Annual statistical returns and brief notes on vaccination in Bengal - 1887-1898
Year: 1887
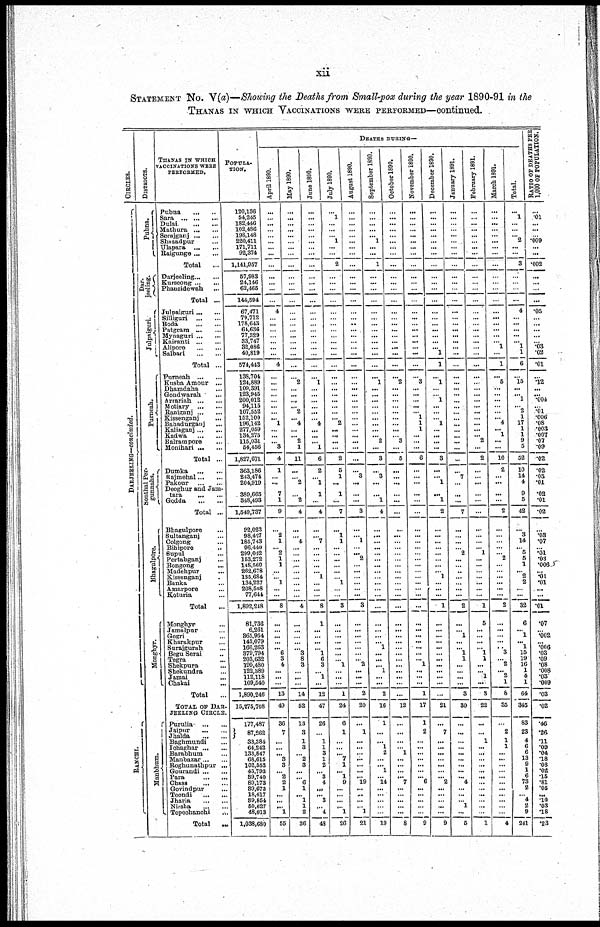
xii
STATEMENT No. V(a)—Showing the Deaths from Small-pox during the year 1890-91 in the
THANAS IN WHICH VACCINATIONS WERE PERFORMED—continued.
CIRCLES.
DARJEELING—c o
n
c
lu
d
e
d
.
RANCHI.
DISTRICTS.
Pubna.
Dar¬
jeeling.
Julpaiguri.
Purneah.
Sonthal Per¬
gunnahs.
Bhagulpore.
Monghyr .
Manbhum.
THANAS IN WHICH
VACCINATIONS WERE
PERFORMED.
Pubna...
..
Sara ... ... ...
Dulai...
...
Mathura... ... ...
Serajganj...
...
Shazadpur... ...
Ulapara...
...
Raigunge...
...
Total...
Darjeeling...
...
Kurseong...
...
Phansidewah...
Total ...
Julpaiguri...
Silliguri...
Boda... Patgram...
Mynaguri...
...
Kairanti...
...
Alipore... ...
Salbari...
...
Total...
Purneah...
...
Kusba Amour...
Dhamdaha... ...
Gondwarah... ...
Arrariah...
...
Motiary...
...
Raniganj...
...
Kissenganj... ...
Bahadurganj... ...
Kaliaganj... ...
Kadwa...
...
Balrampore... ...
Monihari...
...
Total... ...
Dumka...
...
Rajmehal...
...
Pakour...
...
Deoghur and Jam¬
tara...
...
Godda...
...
Total... ...
Bhagulpore... ...
Sultanganj... ...
Colgong... ...
Bihipore... ...
Supul... ...
Pertabganj... ...
Bongong... ...
Madehpur... ...
Kissenganj... ...
Banka... ...
Amarpore... ...
Koturia... ...
Total...
Monghyr... ...
Jamalpur... ...
Gogri... ...
Kharakpur... ...
Surajgurah... ...
Begu Serai... ...
Tegra... ...
Shekpura
Shekundra... ...
Jamai... ...
Chakai... ...
Total...
TOTAL OF DAR¬
JEELING CIRCLE.
Purulia...
...
Jaipur...
...
Jhalda...
...
Baghmundi... ...
Ichaghar...
...
Barabhum... ...
Manbazar...
...
Roghunathpur... ...
Gourandi...
...
Para...
...
Chass
...
...
Govindpur... ...
Toondi...
...
Jharia
...
...
Nirsha
...
...
Topechanchi ...
Total ...
POPULA-
-----
120,136
54,245
182,446
102,486
198,148
220,411
171,711
92,374
1,141,957
57, 983
24,146 62,465
144,594
67,471
79,712
178,643
64,636
77,329
33,747
32,086
40,819
574,443
138,704
124,889 109,391 123,945 200,012
94,115
107,552
152,100
196,142
277,059
134,275
115,031
54,456
1,827,671
363,186
243,474
204,919
389,665
348,493
1,549,737
92,023
98,427
185,743
96,440
299,042
153,272
148,560
262,678
135,684
134,227
208,508
77,644
1,892,248
81,736
6,261
865,954
143,079
166,263 379,794
203,632
199,480
122,889
112,118
109,540
1,890,246
15,275,708
177,487
87,262
33,884
64,242
133,847
68,615
102,553
45,793
89,740
89,173 89,673 18,417 39,584 50,627
48,013
1,038,680
DEATHS DURING—
April 1890.
...
...
...
...
...
...
...
...
...
...
...
...
...
4
...
...
...
...
...
...
...
4
...
...
...
...
...
...
...
... 1
...
...
... 3
4
1
...
...
7
1
9
...
2
1
... 2
1
1
...
... 1
...
...
8
...
...
...
...
... 6
3
4
... ...
...
13
49
36
7
...
...
... 3
3
... 2
2
1
...
... ... 1
55
May 1890.
...
...
...
...
...
...
...
...
...
...
...
...
...
...
...
...
...
...
...
...
...
...
...
2
...
...
...
... 2
... 4
...
... 2
1
11
...
... 2
...
2
4
...
... 4
...
...
...
...
...
...
...
...
...
4
...
...
...
...
... 3
8
3
... ...
...
14
52
13
3
1
3
... 2
3
...
... 6
1
... 1
1
2
36
June 1890.
...
...
...
...
...
...
...
...
...
...
...
...
...
...
...
...
...
...
...
......
...
...
...
1
...
...
...
...
...
... 4
...
...
... 1
6
2
... 1
1
...
4
...
... 7
...
...
...
...
...
1
...
...
...
8
1
...
...
...
... 1
6
3
... 1
...
12
47
26
...
1
1
3
1
2
... 3
4
...
... 3
... 4
48
July 1890.
...
1
...
...
...
1
...
...
2
...
...
...
...
...
...
...
...
...
...
...
...
...
...
...
...
...
...
...
...
... 2
...
...
...
...
2
5
1
...
1
...
7
...
1
1
...
...
...
...
...
... 1
...
...
3
...
...
...
...
...
...
... 1
... ...
...
1
24
6
1
...
...
... 7
1
... 1
9
... ...
... ...
1
26
August 1890.
...
...
...
...
...
...
...
...
...
...
...
...
...
...
...
...
...
...
...
...
...
...
...
...
...
...
...
...
...
...
...
...
...
...
...
...
...
3
...
...
...
3
...
... 1
...
... 2
...
...
...
...
...
...
3
...
...
...
...
...
...
... 2
... ...
...
2
20
...
1
...
... ...
...
...
...
... 19
... ...
...
... 1
21
September 1890.
...
...
...
...
... 1
...
...
1
...
...
...
...
...
...
...
...
...
...
...
...
...
...
1
...
...
...
...
...
...
...
...
... 2
...
3
...
3
...
...
1
4
...
...
...
...
...
...
...
...
...
...
...
...
...
...
...
...
...
1 ...
...
... ...
...
...
2
16
1
...
... 1
2
...
... 1
... 14
...
...
...
...
...
19
October 1890.
...
...
...
...
...
...
...
...
...
...
...
...
...
...
...
...
...
...
...
...
...
...
...
2
...
...
...
...
...
...
...
...
... 3
...
5
...
...
...
...
...
...
...
...
...
...
...
...
...
...
...
...
...
...
...
...
...
...
...
...
...
...
...
...
...
...
...
12
...
...
...
... 1
...
... ...
... 7
...
...
...
...
...
8
November 1890.
...
...
...
...
...
...
...
...
...
...
...
...
...
...
...
...
...
...
...
...
...
...
...
3
...
...
...
...
... 1
1
1
...
...
...
6
...
...
...
...
...
...
...
...
...
...
...
...
...
...
...
...
...
...
...
...
...
...
...
...
...
... 1
... ...
...
1
17
1
2
...
...
...
...
...
...
... 6
...
...
...
...
...
9
December 1890.
...
...
...
...
...
...
...
...
...
...
...
...
...
...
...
...
...
...
...
... 1
1
...
1
...
... 1
...
...
... 1
...
...
...
...
3
...
... 1
...
1
2
...
...
...
...
...
...
...
...
1
...
...
...
1
...
...
...
...
...
...
...
...
... ...
...
...
21
...
7
...
...
...
...
...
...
... 2
...
...
...
...
...
9
January 1891.
...
...
...
...
...
...
...
...
...
...
...
...
...
...
...
...
...
...
...
...
...
...
...
...
...
...
...
...
...
...
...
...
...
...
...
...
...
7
...
...
...
7
...
...
...
... 2
...
...
...
...
...
...
...
2
...
... 1
...
... 1
1
...
... ...
...
3
30
...
...
...
...
...
...
...
...
... 4
...
...
... 1
...
5
February 1891.
...
...
...
...
...
...
...
...
...
...
...
...
...
...
...
...
...
...
...
...
...
...
...
...
...
...
...
...
...
...
...
...
... 2
...
2
...
...
...
...
...
...
...
...
...
... 1
...
...
...
...
...
...
...
1
5
...
...
...
... 1
1
...
... 1
...
8
22
...
...
1
...
...
...
...
...
...
...
...
...
...
...
...
1
March 1891.
...
...
...
...
...
...
...
...
...
...
...
...
...
...
...
...
...
...
1 ...
...
1
...
5
...
...
...
...
...
... 4
... 1
...
...
10
2
...
...
...
...
2
...
...
...
...
... 2
...
...
...
...
...
...
2
...
...
...
...
... 3
... 2
... 2
1
8
35
...
2
1
1
...
...
...
...
...
...
...
...
...
...
...
4
Total.
...
1
...
...
... 2
...
...
3
...
...
...
...
4
...
...
...
...
1
... 1
6
...
15
...
... 1
... 2
1
17
1
1
9
5
52
10
14
4
9
5
42
...
3
14
... 5
5
1
...
2 2
...
...
32
6
... 1
...
1 15
19
16
1
4
1
64
345
83
23
4
6
6
13
9
1
6
73
2
... 4
2
9
241
RATIO OF DEATHS PER
1,000 OF POPULATION.
...
.01
...
...
...
.009
...
...
.002
...
...
...
...
.05
...
...
...
...
.03
... .02
.01
...
.12
...
... .004
... .01
.006
.08
.003 .007
.07
.09
.02
.02
.05
.01
.02
.01
.02
...
.03
.07
...
.01
.03
.006
...
.01
.01
...
...
.01
.07
... .002
... .006
.03
.09
.08
.008
.03
.009
.03
.02
.46
.26
.11
.09
.04
.18
.08
.02
.15
.81
.05
...
.10
.03
.18
.23